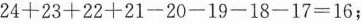
$$24+23+22+21-20-19-18-17=16$$；